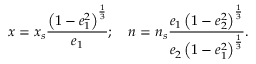
x = x _ { s } \displaystyle \frac { \left( 1 - e _ { 1 } ^ { 2 } \right) ^ { \frac { 1 } { 3 } } } { e _ { 1 } } ; \quad n = n _ { s } \frac { e _ { 1 } \left( 1 - e _ { 2 } ^ { 2 } \right) ^ { \frac { 1 } { 3 } } } { e _ { 2 } \left( 1 - e _ { 1 } ^ { 2 } \right) ^ { \frac { 1 } { 3 } } } .